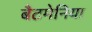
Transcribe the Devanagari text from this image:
बैटमेनिया